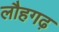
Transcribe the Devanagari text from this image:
लौहगढ़